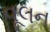
વૂલન